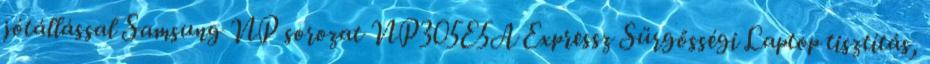
jótállással Samsung NP sorozat NP305E5A Expressz Sürgősségi Laptop tisztítás,